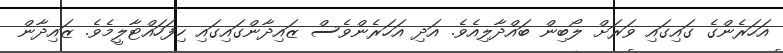
އަހަރެންގެ ގައިގައި ވަރަށް ލޯބިން ބައްދާލިއެވެ. އަދި އަހަރެންވެސް ޒައިދާންގައިގައި ހިފަހައްޓާލީމެވެ. ޒައިދާން